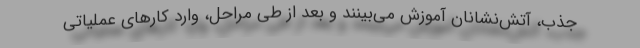
جذب، آتش‌نشانان آموزش می‌بینند و بعد از طی مراحل، وارد کارهای عملیاتی